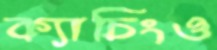
ক্যাচিংও